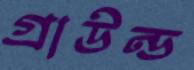
গ্রাউন্ড